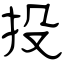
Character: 投